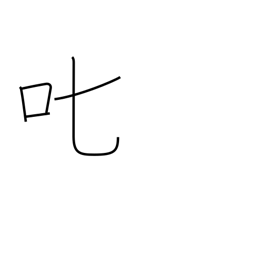
Meaning: scold